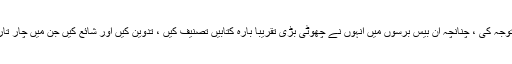
تصنیف و تالیف پر توجہ کی ، چنانچہ ان بیس برسوں میں انہوں نے چھوٹی بڑی تقریباً بارہ کتابیں تصنیف کیں ، تدوین کیں اور شائع کیں جن میں چار تاریخ سے متعلق ہیں ۔